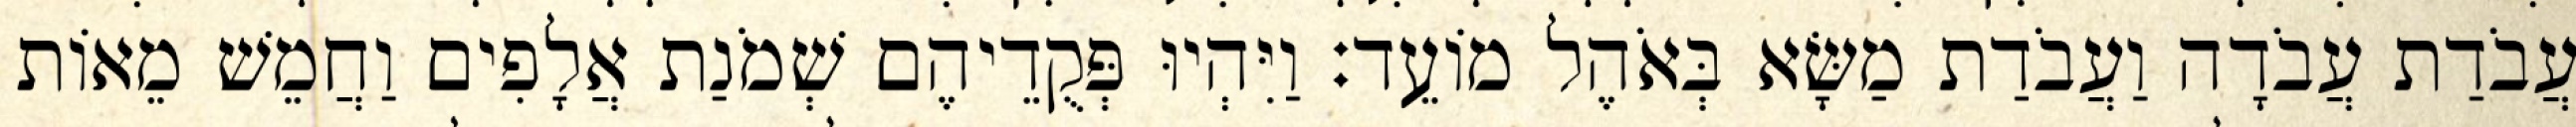
עֲבֹדַת עֲבֹדָה וַעֲבֹדַת מַשָּׂא בְּאֹהֶל מוֹעֵד׃ וַיִּהְיוּ פְּקֻדֵיהֶם שְׁמֹנַת אֲלָפִים וַחֲמֵשׁ מֵאוֹת